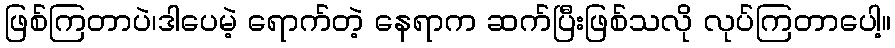
ဖြစ်ကြတာပဲ၊ဒါပေမဲ့ ရောက်တဲ့ နေရာက ဆက်ပြီးဖြစ်သလို လုပ်ကြတာပေါ့။